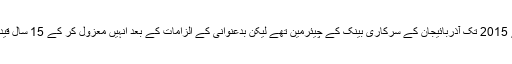
ان کے شوہر2001 سے 2015 تک آذربائیجان کے سرکاری بینک کے چیئرمین تھے لیکن بدعنوانی کے الزامات کے بعد انہیں معزول کر کے 15 سال قید کی سزا سنائی گئی تھی۔